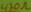
Text: 470Ω